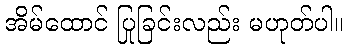
အိမ်ထောင် ပြုခြင်းလည်း မဟုတ်ပါ။